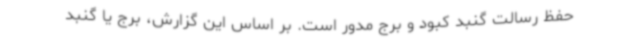
حفظ رسالت گنبد کبود و برج مدور است. بر اساس این گزارش، برج یا گنبد